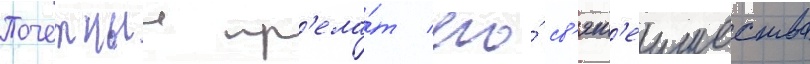
Почетныи пр'ела́т его́ св'ят'еишества